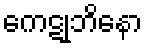
ကေဋုဘိနော